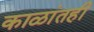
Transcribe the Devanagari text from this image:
काळांतही